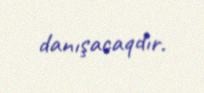
danışacaqdır.